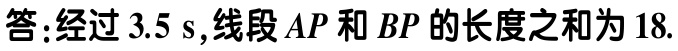
答:经过 \(3.5\ s\),线段 \(AP\) 和 \(BP\) 的长度之和为 \(18\).